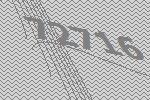
72716